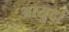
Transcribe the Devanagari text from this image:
आयुर्दा